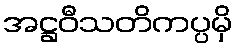
အဋ္ဌဝီသတိကပ္ပမှိ